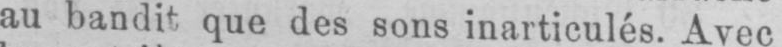
au bandit que des sons inarticulés. Avec